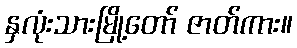
နှလုံးသားမြို့တော် ဇာတ်ကား။